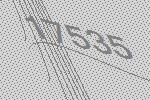
17535